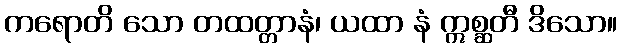
ကရောတိ သော တထတ္တာနံ၊ ယထာ နံ ဣစ္ဆတီ ဒိသော။